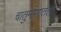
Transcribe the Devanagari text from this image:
चातुर्मासातला